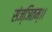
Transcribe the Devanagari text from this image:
संज्ञितम्।।